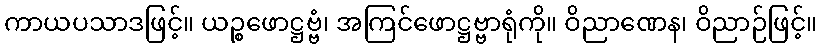
ကာယပသာဒဖြင့်။ ယဉ္စဖောဋ္ဌဗ္ဗံ၊ အကြင်ဖောဋ္ဌဗ္ဗာရုံကို။ ဝိညာဏေန၊ ဝိညာဉ်ဖြင့်။